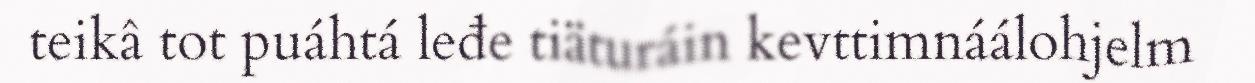
teikâ tot puáhtá leđe tiäturáin kevttimnáálohjelm